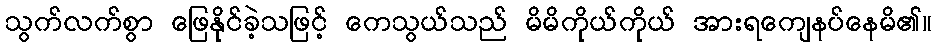
သွက်လက်စွာ ဖြေနိုင်ခဲ့သဖြင့် ကေသွယ်သည် မိမိကိုယ်ကိုယ် အားရကျေနပ်နေမိ၏။